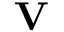
\mathbf { V }